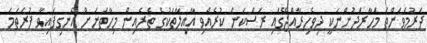
ދަރުމަވަންތަ މަހާރަދުންނަކީ ދިވެހިރާއްޖޭގައި ރަސްކަން ކުރެއްވި އާއިލާތަކުގެ ތެރެއިން މިހާތަނަށް އެނގިފައިވާ ފުރަތަމަ